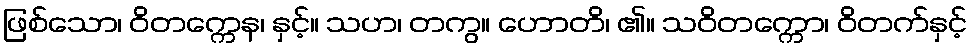
ဖြစ်သော၊ ဝိတက္ကေန၊ နှင့်။ သဟ၊ တကွ။ ဟောတိ၊ ၏။ သဝိတက္ကော၊ ဝိတက်နှင့်